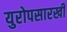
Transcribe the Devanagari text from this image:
युरोपसारखी